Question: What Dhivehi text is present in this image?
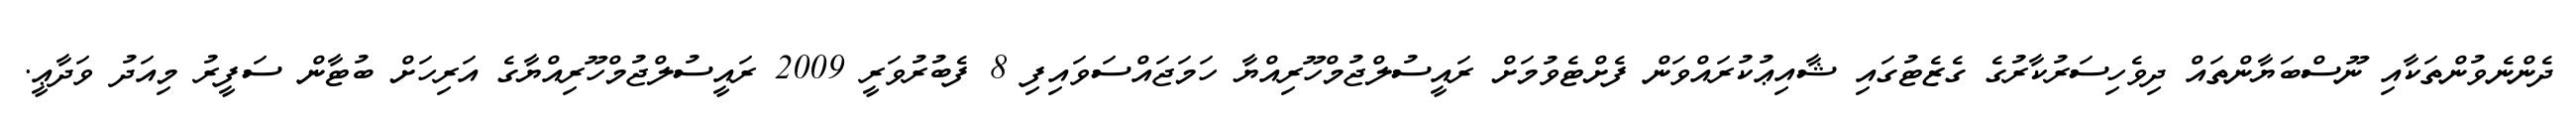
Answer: ދެންނެވުންތަކާއި ނޫސްބަޔާންތައް ދިވެހިސަރުކާރުގެ ގެޒެޓުގައި ޝާއިޢުކުރައްވަން ފެށްޓެވުމަށް ރައީސުލްޖުމްހޫރިއްޔާ ހަމަޖައްސަވައިފި 8 ފެބުރުވަރީ 2009 ރައީސުލްޖުމްހޫރިއްޔާގެ އަރިހަށް ބުޓާން ސަފީރު މިއަދު ވަދާޢީ.